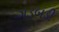
ગડબડી